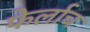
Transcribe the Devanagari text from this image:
फेर्लाच